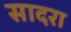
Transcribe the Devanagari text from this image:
सादरा